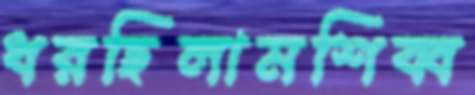
ধরছিলামশিব্ব